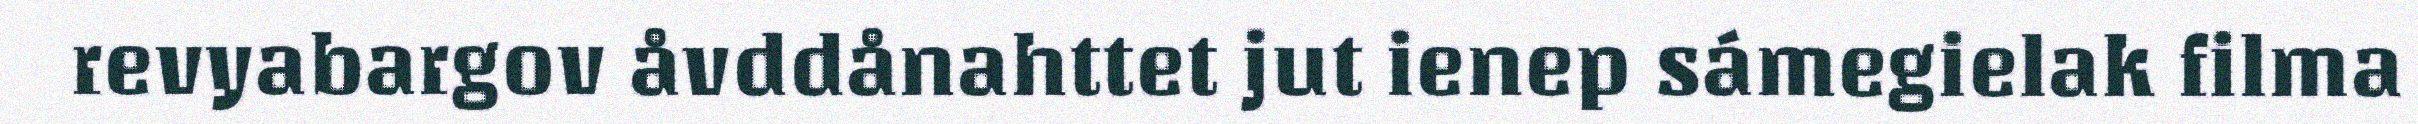
revyabargov åvddånahttet jut ienep sámegielak filma